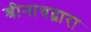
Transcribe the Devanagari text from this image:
श्रीनाथद्वारा